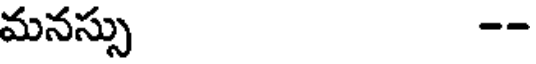
మనస్సు --